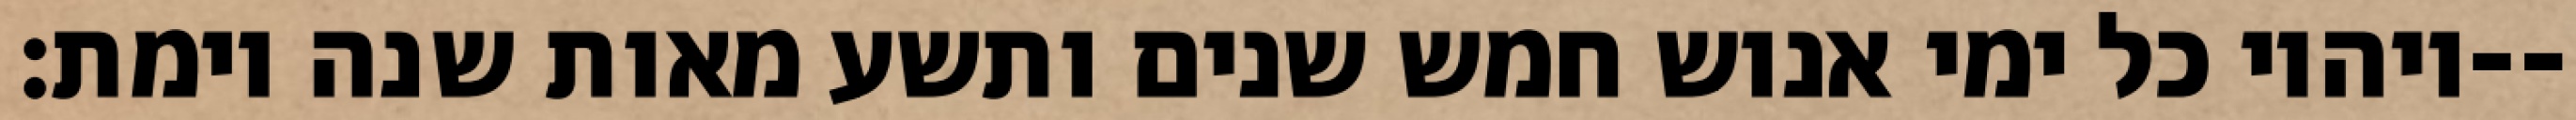
ויהיו כל ימי אנוש חמש שנים ותשע מאות שנה וימת׃--